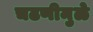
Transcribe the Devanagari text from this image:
चढणीमुळे